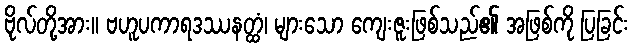
ဗိုလ်တို့အား။ ဗဟူပကာရဒဿနတ္ထံ၊ များသော ကျေးဇူးဖြစ်သည်၏ အဖြစ်ကို ပြခြင်း